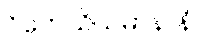
ဝိဟေသိယမာနာနံ